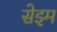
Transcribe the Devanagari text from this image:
सेइम